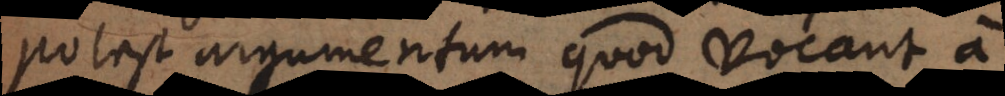
potest argumentum quod vocant a